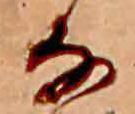
な